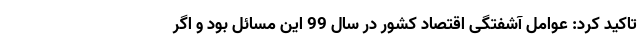
تاکید کرد: عوامل آشفتگی اقتصاد کشور در سال 99 این مسائل بود و اگر